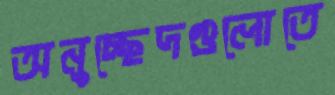
অনুচ্ছেদগুলোতে